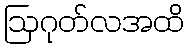
ဩဂုတ်လအထိ